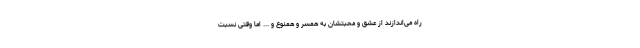
راه می‌اندازند از عشق و محبتشان به همسر و همنوع و ... اما وقتی نسبت